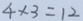
4 \times 3 = 1 2